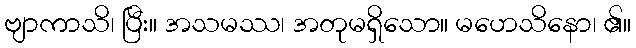
ဗျာကာသိ၊ ပြီး။ အသမဿ၊ အတုမရှိသော။ မဟေသိနော၊ ၏။